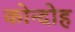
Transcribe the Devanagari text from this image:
कोन्‍दोह